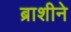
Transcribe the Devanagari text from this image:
ब्राशीने